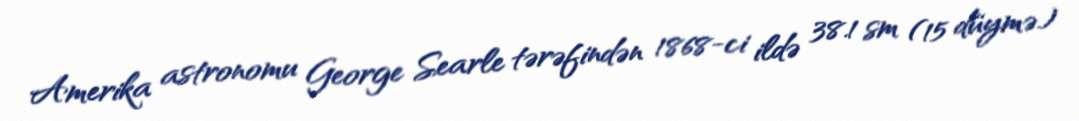
Amerika astronomu George Searle tərəfindən 1868-ci ildə 38.1 sm (15 düymə)